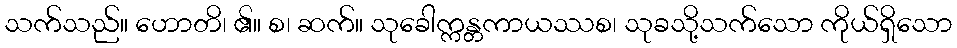
သက်သည်။ ဟောတိ၊ ၏။ စ၊ ဆက်။ သုခေါက္ကန္တကာယဿစ၊ သုခသို့သက်သော ကိုယ်ရှိသော